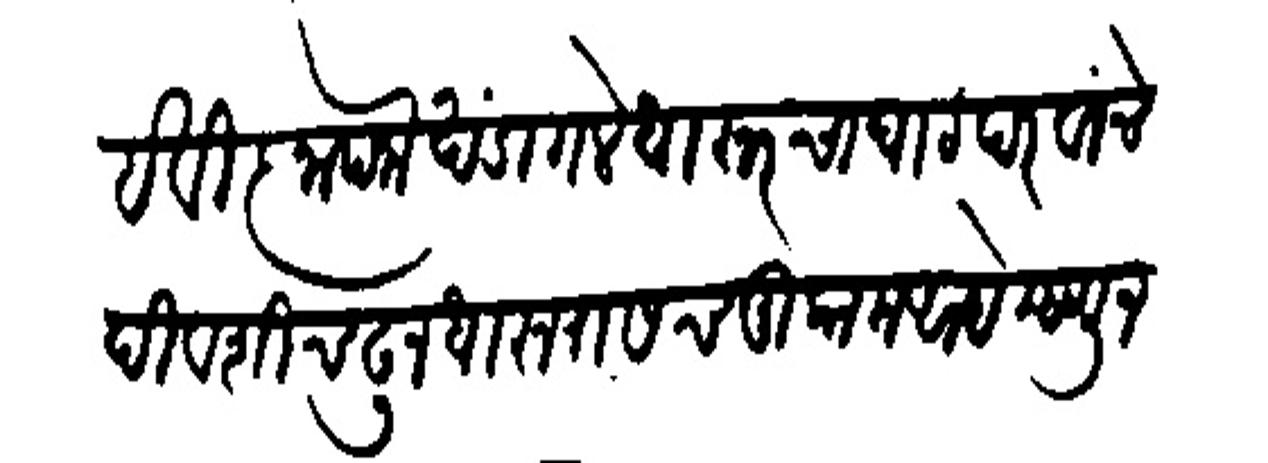
Transliteration (Devanagari): है विज्ञापना खंडागले धारूरचा घाट परवांचे दिवशी चढून धारूरासच मुकाम आहे म्हणून